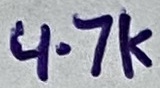
Text: 4.7K